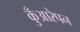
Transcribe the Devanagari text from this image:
कुँआरेपन